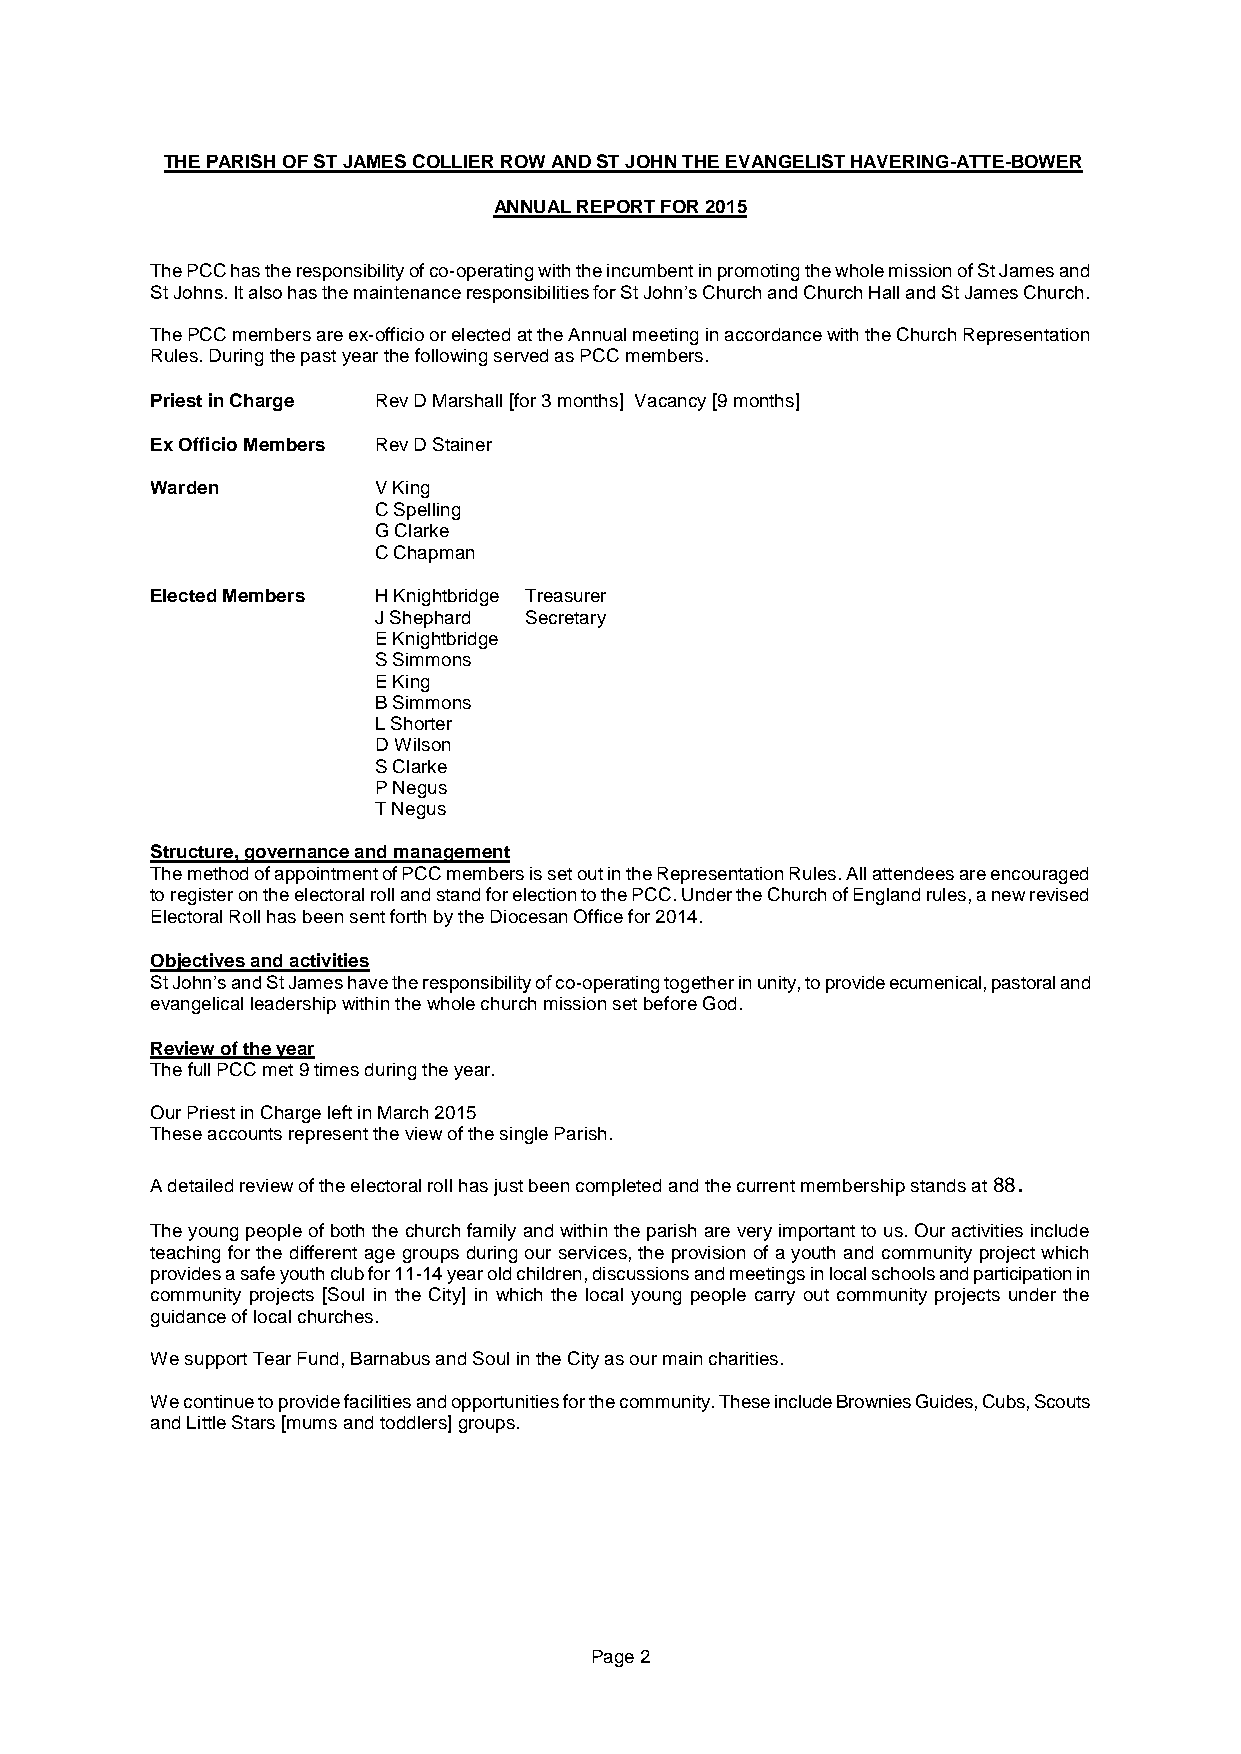
THE PARISH OF ST JAMES COLLIER ROW AND ST JOHN THE EVANGELIST HAVERING-ATTE-BOWER
 ANNUAL REPORT FOR 2015
 The PCC has the responsibility of co-operating with the incumbent in promoting the whole mission of St James and
 St Johns. It also has the maintenance responsibilities for St John’s Church and Church Hall and St James Church.
 The PCC members are ex-officio or elected at the Annual meeting in accordance with the Church Representation
 Rules. During the past year the following served as PCC members.
 Priest in Charge Rev D Marshall [for 3 months] Vacancy [9 months]
 Ex Officio Members Rev D Stainer
 Warden         V King
 C Spelling
 G Clarke
 C Chapman
 Elected Members H Knightbridge Treasurer
 J Shephard Secretary
 E Knightbridge
 S Simmons
 E King
 B Simmons
 L Shorter
 D Wilson
 S Clarke
 P Negus
 T Negus
 Structure, governance and management
 The method of appointment of PCC members is set out in the Representation Rules. All attendees are encouraged
 to register on the electoral roll and stand for election to the PCC. Under the Church of England rules, a new revised
 Electoral Roll has been sent forth by the Diocesan Office for 2014.
 Objectives and activities
 St John’s and St James have the responsibility of co-operating together in unity, to provide ecumenical, pastoral and
 evangelical leadership within the whole church mission set before God.
 Review of the year
 The full PCC met 9 times during the year.
 Our Priest in Charge left in March 2015
 These accounts represent the view of the single Parish.
 .
 A detailed review of the electoral roll has just been completed and the current membership stands at 88
 The young people of both the church family and within the parish are very important to us. Our activities include
 teaching for the different age groups during our services, the provision of a youth and community project which
 provides a safe youth club for 11-14 year old children, discussions and meetings in local schools and participation in
 community projects [Soul in the City] in which the local young people carry out community projects under the
 guidance of local churches.
 We support Tear Fund, Barnabus and Soul in the City as our main charities.
 We continue to provide facilities and opportunities for the community. These include Brownies Guides, Cubs, Scouts
 and Little Stars [mums and toddlers] groups.
 Page 2